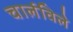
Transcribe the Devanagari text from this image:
चार्लविले